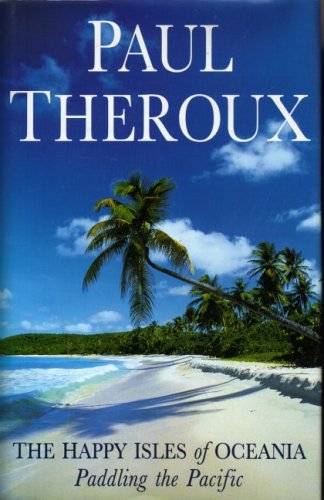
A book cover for The Happy Isles of Oceania: Paddling the Pacific; Paul Theroux; Travel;